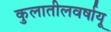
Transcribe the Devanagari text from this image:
कुलातीलवर्षायू